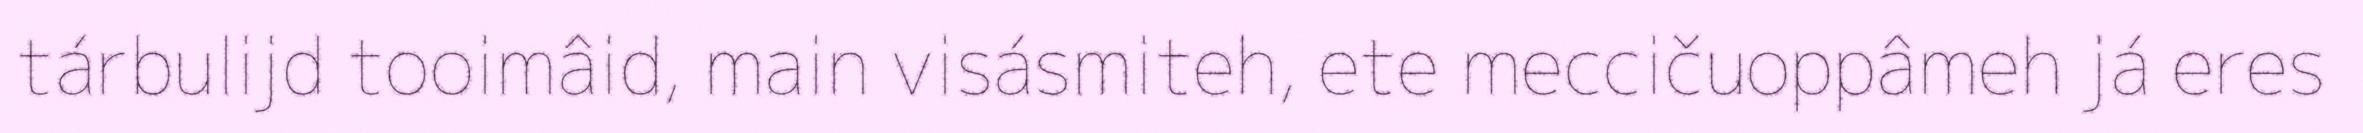
tárbulijd tooimâid, main visásmiteh, ete meccičuoppâmeh já eres